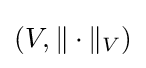
(V,\|\cdot \|_{V})